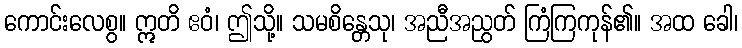
ကောင်းလေစွ။ ဣတိ ဧဝံ၊ ဤသို့။ သမစိန္တေသု၊ အညီအညွတ် ကြံကြကုန်၏။ အထ ခေါ၊